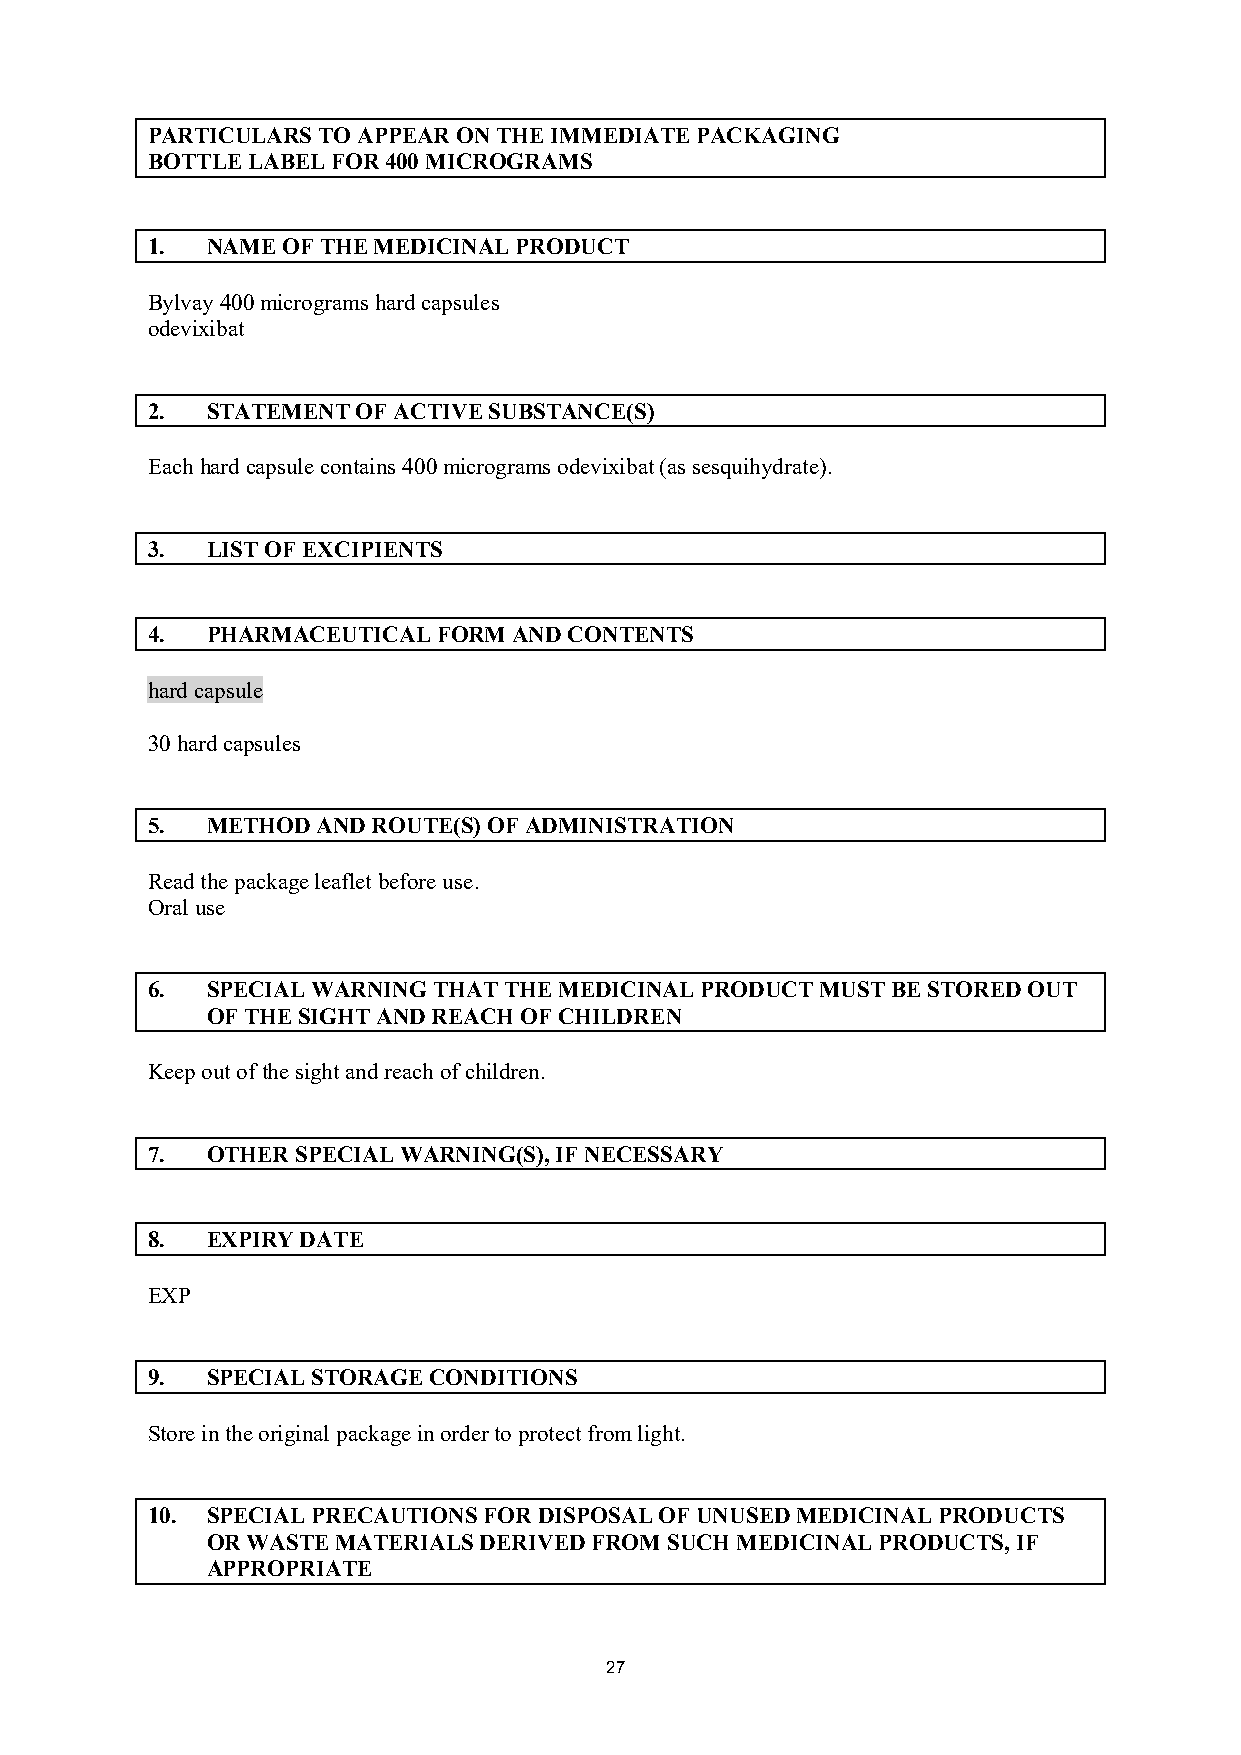
PARTICULARS TO APPEAR ON THE IMMEDIATE PACKAGING
 BOTTLE LABEL FOR 400 MICROGRAMS
 1.  NAME OF THE MEDICINAL PRODUCT
 Bylvay 400 micrograms hard capsules
 odevixibat
 2.  STATEMENT OF ACTIVE SUBSTANCE(S)
 Each hard capsule contains 400 micrograms odevixibat (as sesquihydrate).
 3.  LIST OF EXCIPIENTS
 4.  PHARMACEUTICAL FORM AND CONTENTS
 hard capsule
 30 hard capsules
 5.  METHOD AND ROUTE(S) OF ADMINISTRATION
 Read the package leaflet before use.
 Oral use
 6.  SPECIAL WARNING THAT THE MEDICINAL PRODUCT MUST BE STORED OUT
 OF THE SIGHT AND REACH OF CHILDREN
 Keep out of the sight and reach of children.
 7.  OTHER SPECIAL WARNING(S), IF NECESSARY
 8.  EXPIRY DATE
 EXP
 9.  SPECIAL STORAGE CONDITIONS
 Store in the original package in order to protect from light.
 10. SPECIAL PRECAUTIONS FOR DISPOSAL OF UNUSED MEDICINAL PRODUCTS
 OR WASTE MATERIALS DERIVED FROM SUCH MEDICINAL PRODUCTS, IF
 APPROPRIATE
 27